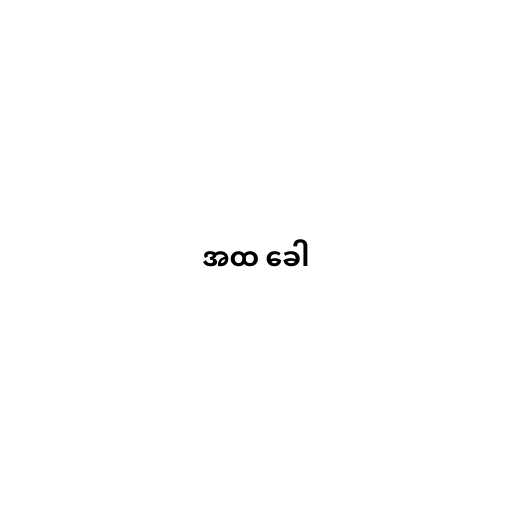
အထ ခေါ